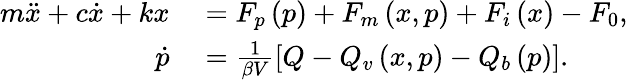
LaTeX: \begin{array}{rl}{m\ddot{x}+c\dot{x}+kx}&{{}=F_{p}\left(p\right)+F_{m}\left(x,p\right)+F_{i}\left(x\right)-F_{0},}\\ {\dot{p}}&{{}=\frac{1}{\beta V}\left[Q-Q_{v}\left(x,p\right)-Q_{b}\left(p\right)\right].}\end{array}